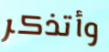
وأتذكر